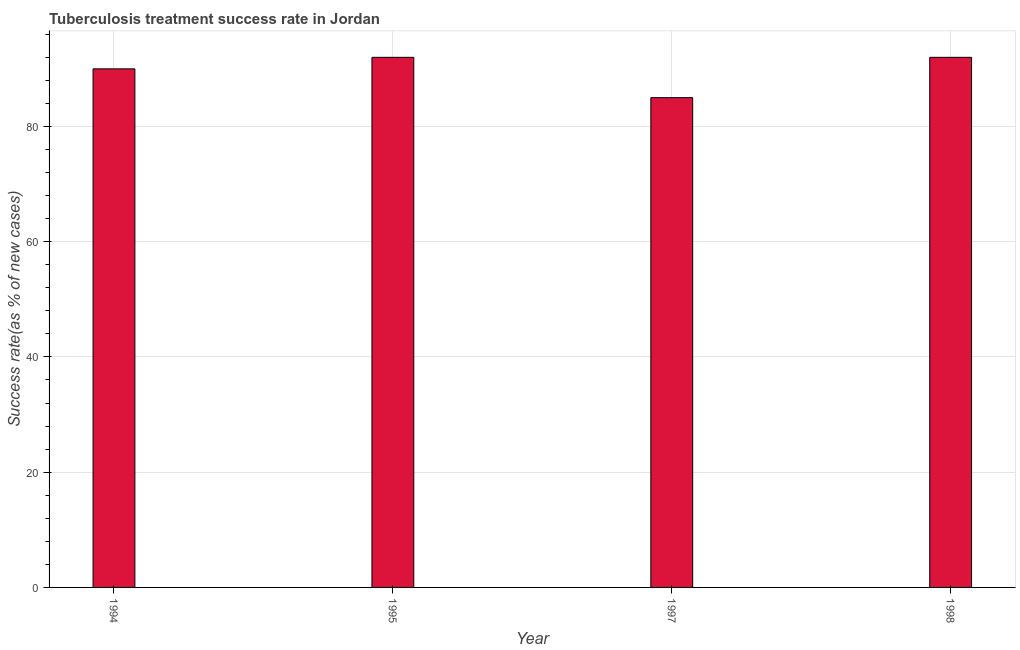
| Year | Tuberculosis treatment success rate |
 | --- | --- |
 | 1994 | 90 |
 | 1995 | 92 |
 | 1997 | 85 |
 | 1998 | 92 |